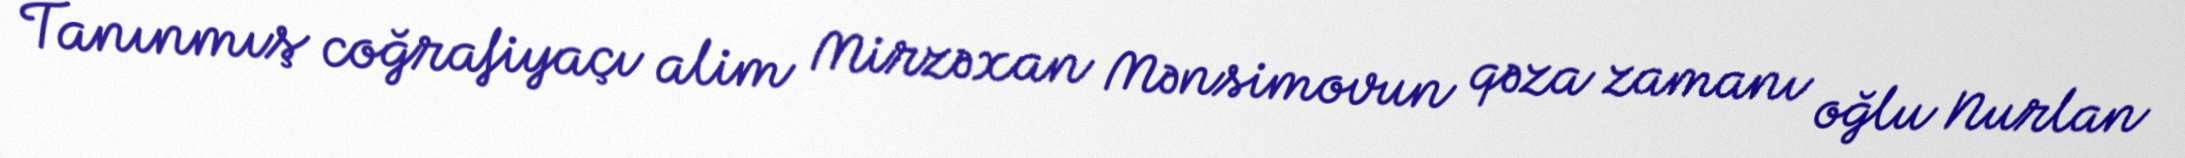
Tanınmış coğrafiyaçı alim Mirzəxan Mənsimovun qəza zamanı oğlu Nurlan